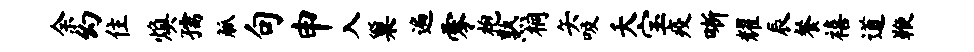
余幻住焕孺觚句申入巢遍零袍熟桐矢吸夭宝疫晰耀辰餐禧道鞭